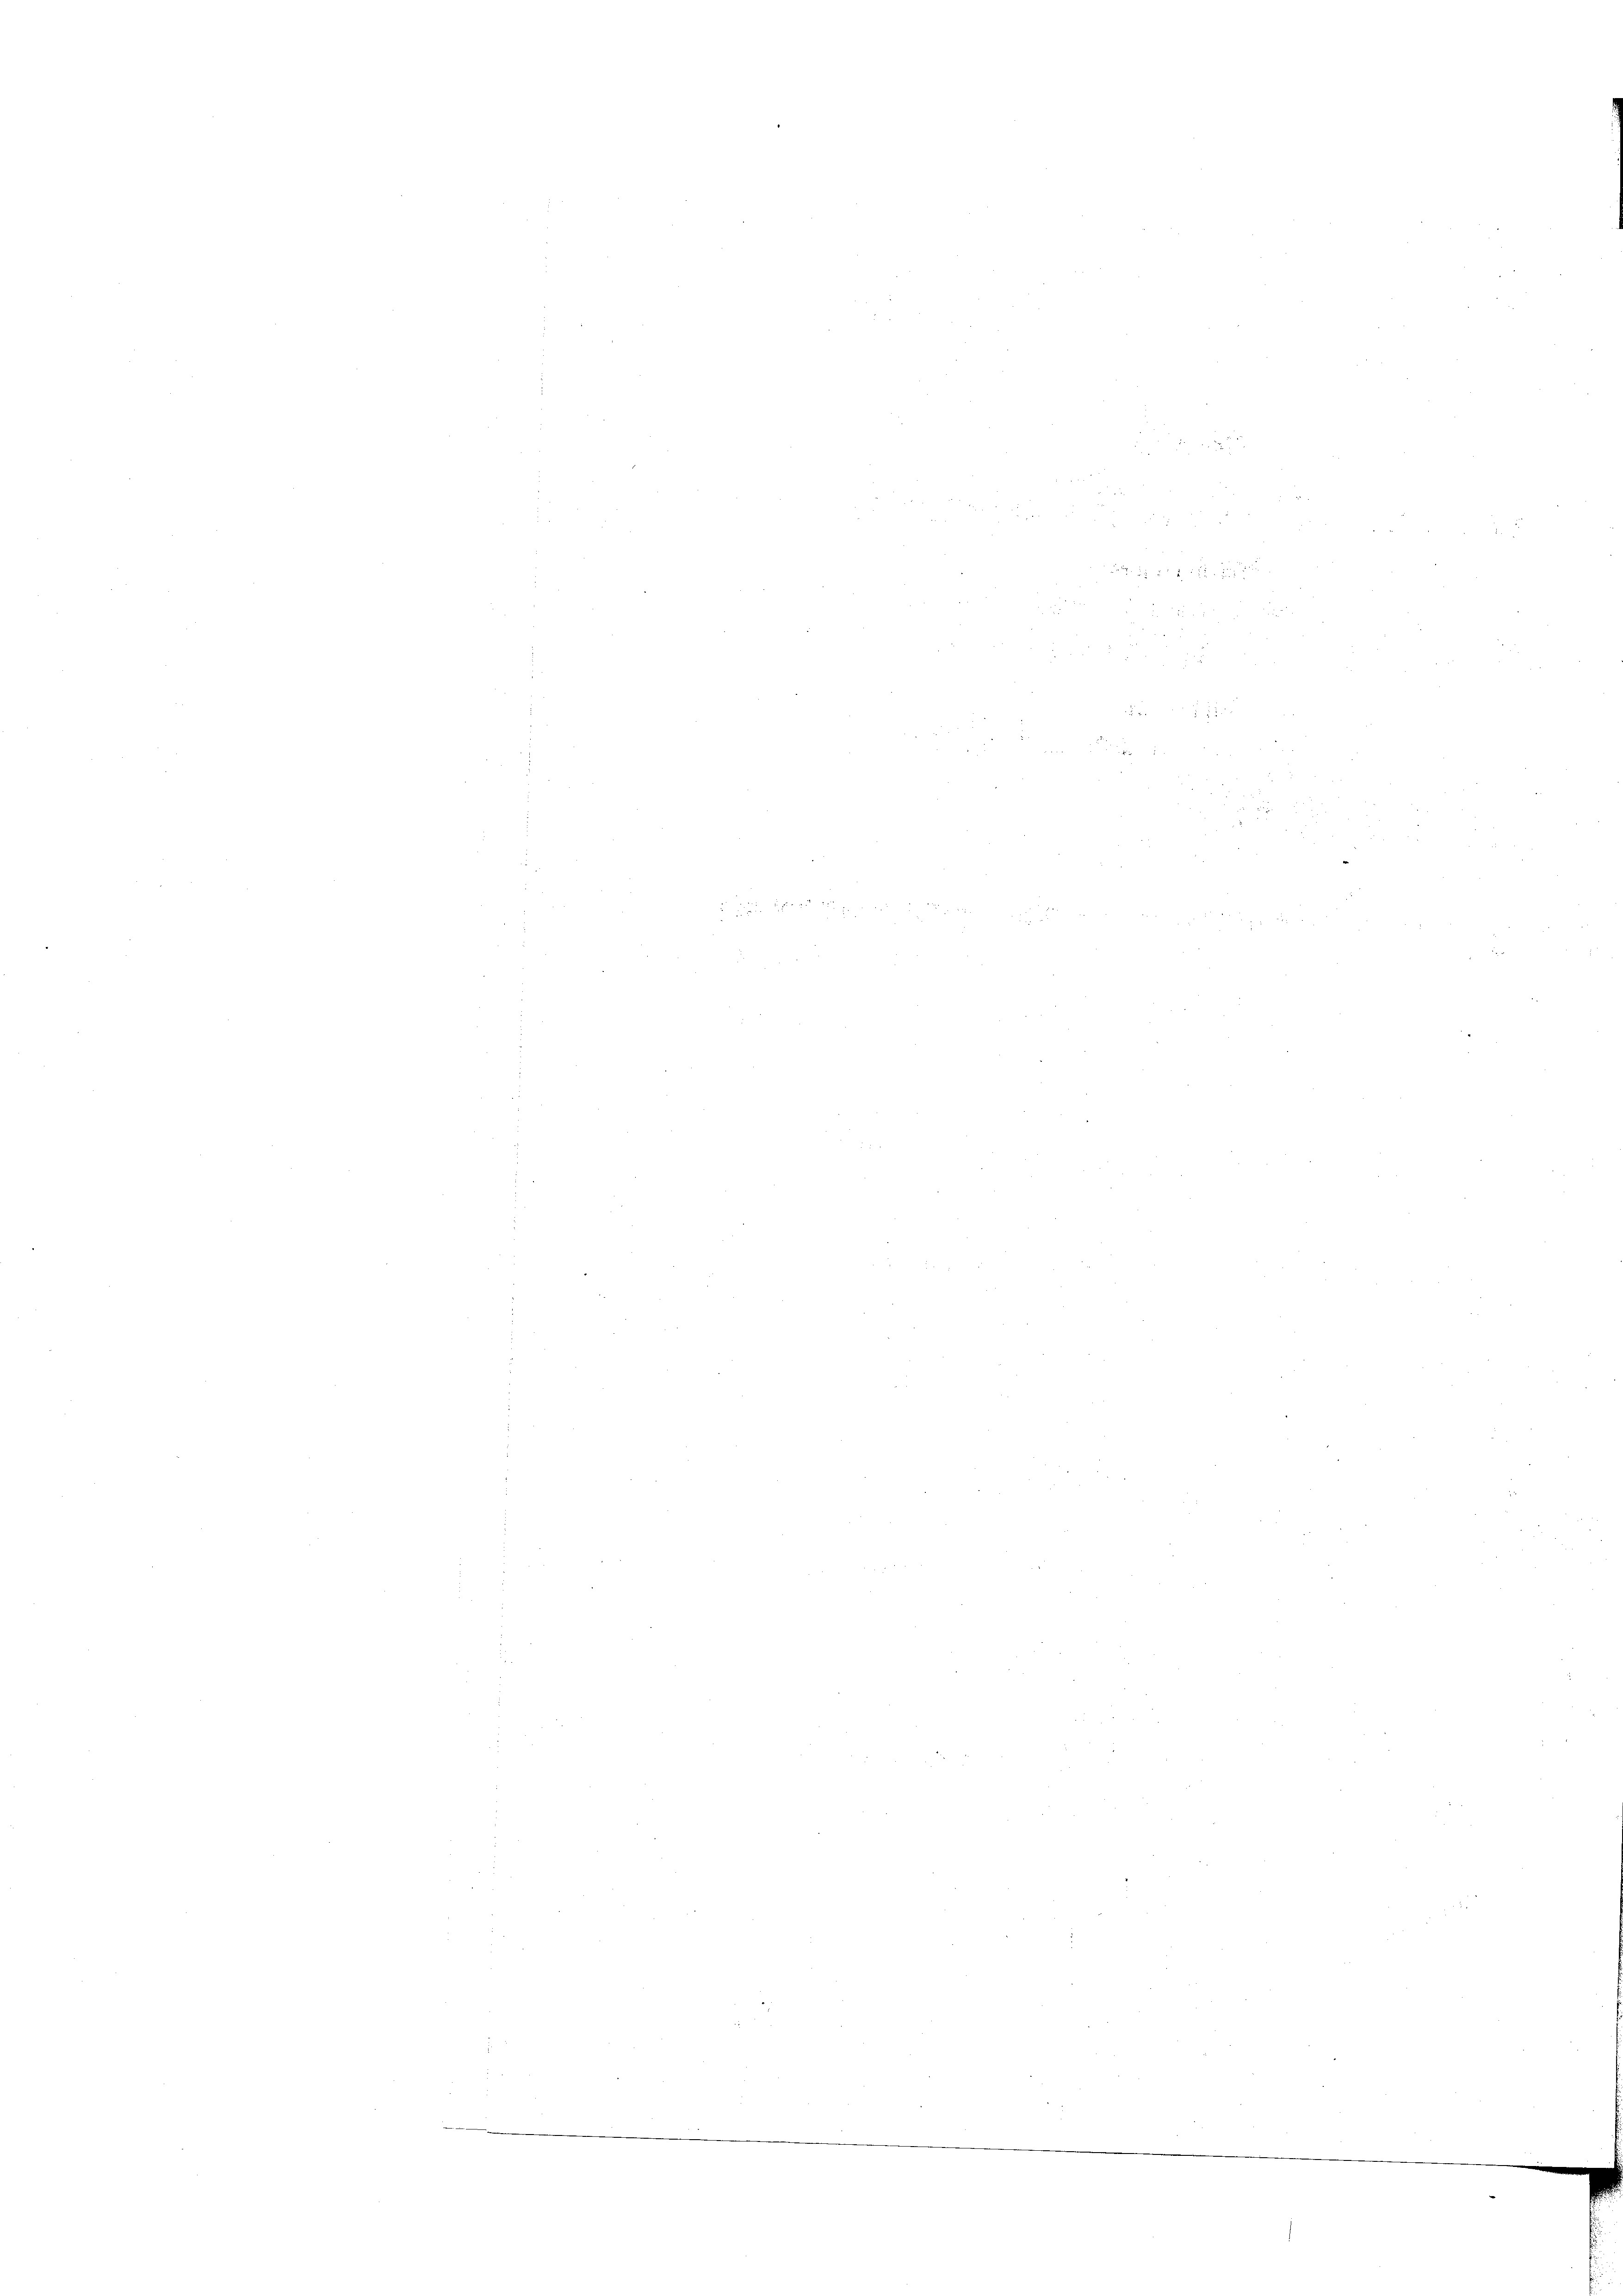
d

d

e

n
r
aite der
u
25
 x
 xx
e

e
 38 des
e
 xx
2

.
2
e
 0 x

x
d
n
e
 du wir den |
.
.